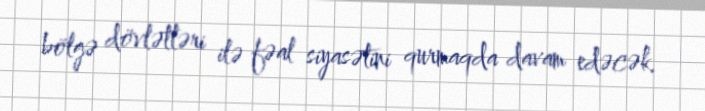
bölgə dövlətləri ilə fəal siyasətini qurmaqda davam edəcək.